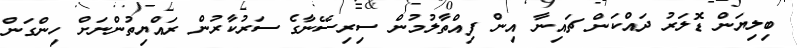
ބިލިޔަން ޑޮލަރު ދައްކަން ޗައިނާ އިން ފިއްތާލުމުން ސިރިސޭނާގެ ސަރުކާރުން ރައްޔިތުންނަށް ހިންގަން